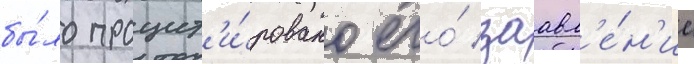
бы́ло процит'и́ровано его́ заавл'е́н'ие